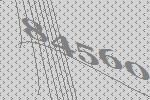
84560